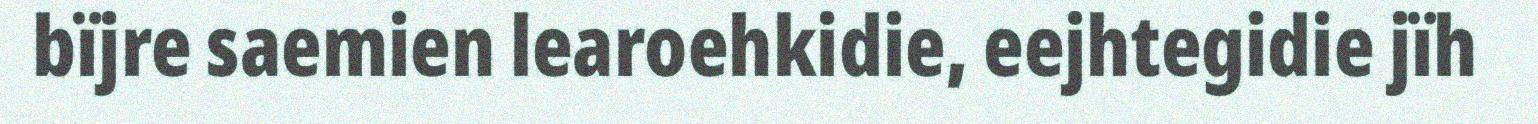
bïjre saemien learoehkidie, eejhtegidie jïh